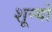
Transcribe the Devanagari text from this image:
शून्यों